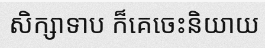
សិក្សាទាប ក៏គេចេះនិយាយ